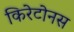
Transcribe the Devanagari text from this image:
किरेटोनस